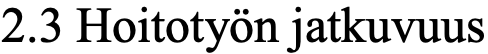
2.3 Hoitotyön jatkuvuus